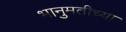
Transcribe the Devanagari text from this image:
भानुमतीच्या